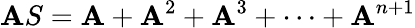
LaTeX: \mathbf{A}S=\mathbf{A}+\mathbf{A}^{2}+\mathbf{A}^{3}+\cdots+\mathbf{A}^{n+1}